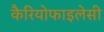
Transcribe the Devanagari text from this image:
कैरियोफाइलेसी